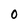
Character: 0